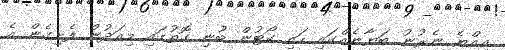
އިއްޔެ ނެރުނު ބަޔާނެއްގައި ހައި ކޯޓުން ބުނި ގޮތުގައި މިއަދުން ފެށިގެން އެ